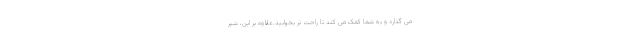
می گذارد و به شما کمک می کند تا راحت تر بخوابید.علاوه بر این، شیر